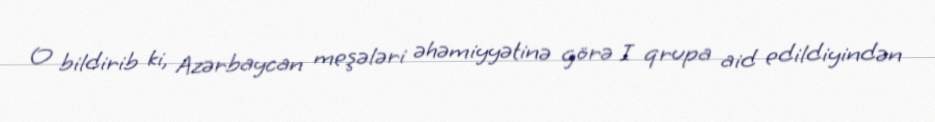
O bildirib ki, Azərbaycan meşələri əhəmiyyətinə görə I qrupa aid edildiyindən